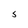
Character: S